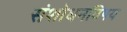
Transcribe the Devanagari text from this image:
संशोधनविषय